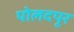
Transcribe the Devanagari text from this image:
पोलदपूर